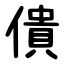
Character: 僓